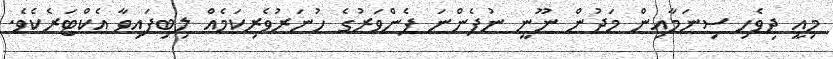
މިއީ ދިވެހި ސިނަމާއިން މަދުން ނޫނީ ނުފެންނަ ފެންވަރުގެ ހުނަރުވެރިކަމެއް ލިބިފައިވާ އެކްޓަރެކެވެ.